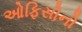
ઓફિસોનો